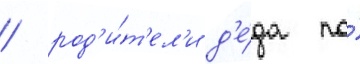
/ род'и́т'ел'и д'е́да по́